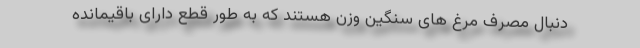
دنبال مصرف مرغ های سنگین وزن هستند که به طور قطع دارای باقیمانده